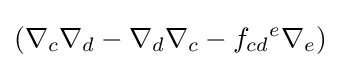
\left(\nabla _{c}\nabla _{d}-\nabla _{d}\nabla _{c}-f_{cd}{}^{e}\nabla _{e}\right)